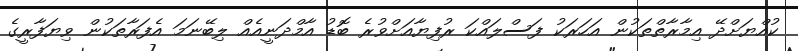
ކުއްޔަށްދޭ އިމާރާތްތަކުން އަހަރަކު ފަސްލައްކަ ރުފިޔާއަށްވުރެ ބޮޑު އާމްދަނީއެއް ލިބޭނަމަ އެފަރާތަކުން ވިޔަފާރީގެ